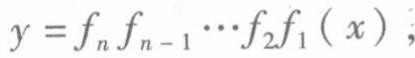
\(y = f_n f_{n - 1} \cdots f_2 f_1 ( x );\)